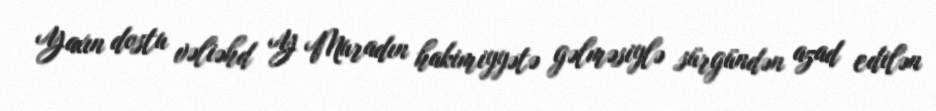
Yaxın dostu vəliəhd Y Muradın hakimiyyətə gəlməsiylə sürgündən azad edilən